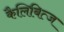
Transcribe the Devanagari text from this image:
कैलिबित्ज